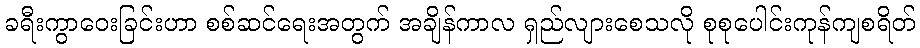
ခရီးကွာဝေးခြင်းဟာ စစ်ဆင်ရေးအတွက် အချိန်ကာလ ရှည်လျားစေသလို စုစုပေါင်းကုန်ကျစရိတ်